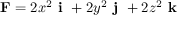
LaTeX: \mathbf { F } = 2 x ^ { 2 } { \textbf { i } } + 2 y ^ { 2 } { \textbf { j } } + 2 z ^ { 2 } { \textbf { k } }